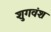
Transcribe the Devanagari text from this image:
शुगवंश